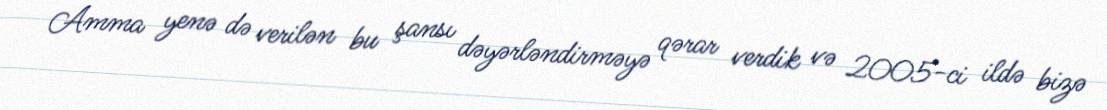
Amma yenə də verilən bu şansı dəyərləndirməyə qərar verdik və 2005-ci ildə bizə